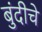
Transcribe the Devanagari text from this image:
बुंदीचे